Some observations on the poison of Russell's viper (Daboia russellii) - Number 3
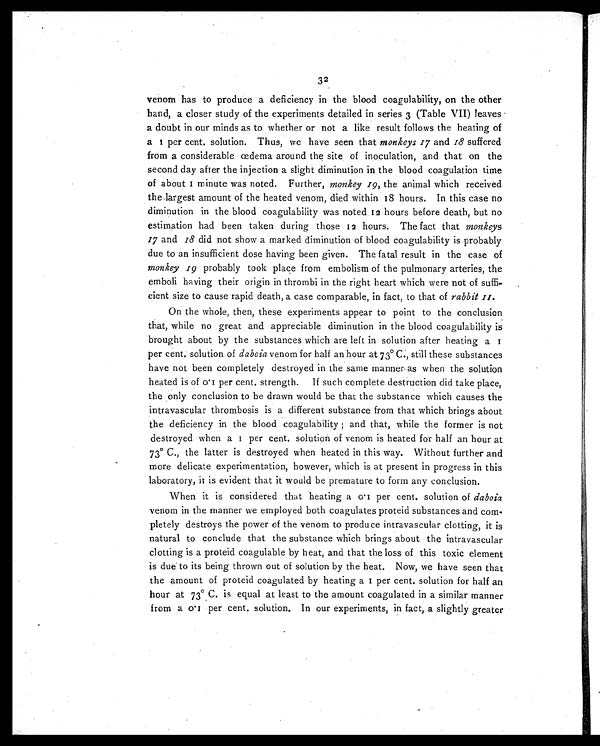
32
venom has to produce a deficiency in the blood coagulability, on the other
hand, a closer study of the experiments detailed in series 3 (Table VII) leaves
a doubt in our minds as to whether or not a like result follows the heating of
a 1 p e r c e n t . s o l u t i o n . T h u s , w e h a v e s e e n t h a t m o n k e y s 1 7
a n d
1 8
s u f f e r e d
from a considerable œdema around the site of inoculation, and that on the
second day after the injection a slight diminution in the blood coagulation time
of about 1 mi nut e was not ed. Fur t her ,m o n k e y 1 9 ,
t h e a n i m a l w h i c h r e c e i v e d
the largest amount of the heated venom, died within 18 hours. In this case no
diminution in the blood coagulability was noted 12 hours before death, but no
estimation had been taken during those 12 hours. The fact that monkeys
17 and 18 did not show a marked diminution of blood coagulability is probably
due to an insufficient dose having been given. The fatal result in the case of
monkey 19 probably took place from embolism of the pulmonary arteries, the
emboli having their origin in thrombi in the right heart which were not of suffi-
cient size to cause rapid death, a case comparable, in fact, to that of rabbit 11.
On the whole, then, these experiments appear to point to the conclusion
that, while no great and appreciable diminution in the blood coagulability is
brought about by the substances which are left in solution after heating a
1 per cent, solution of daboia venom for half an hour at 73° C., still these substances
have not been completely destroyed in the same manner as when the solution
heated is of 0.1 per cent. strength. If such complete destruction did take place,
the only conclusion to be drawn would be that the substance which causes the
intravascular thrombosis is a different substance from that which brings about
the deficiency in the blood coagulability; and that, while the former is not
destroyed when a 1 per cent. solution of venom is heated for half an hour at
73° C., the latter is destroyed when heated in this way. Without further and
more delicate experimentation, however, which is at present in progress in this
laboratory, it is evident that it would be premature to form any conclusion.
When it is considered that heating a 0.1 per cent. solution of daboia
venom in the manner we employed both coagulates proteid substances and com-
pletely destroys the power of the venom to produce intravascular clotting, it is
natural to conclude that the substance which brings about the intravascular
clotting is a proteid coagulable by heat, and that the loss of this toxic element
is due to its being thrown out of solution by the heat. Now, we have seen that
the amount of proteid coagulated by heating a 1 per cent. solution for half an
hour at 73° C. is equal at least to the amount coagulated in a similar manner
from a 0.1 per cent. solution. In our experiments, in fact, a slightly greater